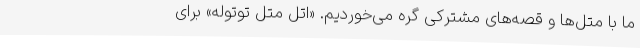
ما با متل‌ها و قصه‌های مشترکی گره می‌خوردیم. «اتل متل توتوله» برای